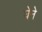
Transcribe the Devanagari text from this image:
घेने